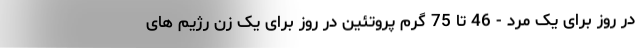
در روز برای یک مرد - 46 تا 75 گرم پروتئین در روز برای یک زن رژیم های